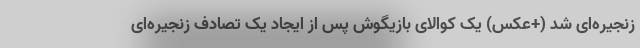
زنجیره‌ای شد (+عکس) یک کوالای بازیگوش پس از ایجاد یک تصادف زنجیره‌ای